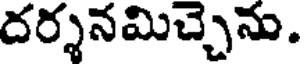
దర్శనమిచ్చెను.